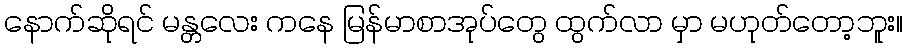
နောက်ဆိုရင် မန္တလေး ကနေ မြန်မာစာအုပ်တွေ ထွက်လာ မှာ မဟုတ်တော့ဘူး။